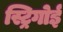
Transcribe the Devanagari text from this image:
स्ट्रिगोई